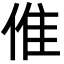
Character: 倠